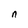
Character: n